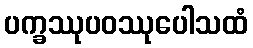
ပက္ခဿုပဝဿုပေါသထံ